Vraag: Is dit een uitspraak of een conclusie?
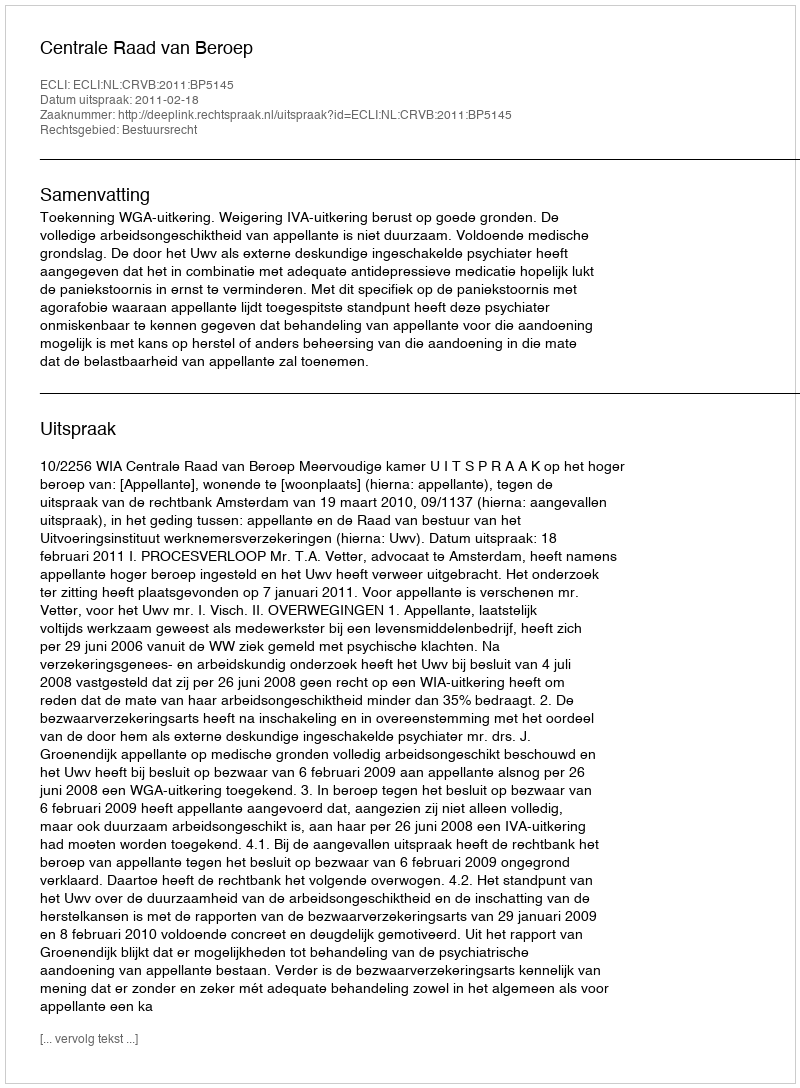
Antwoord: Uitspraak